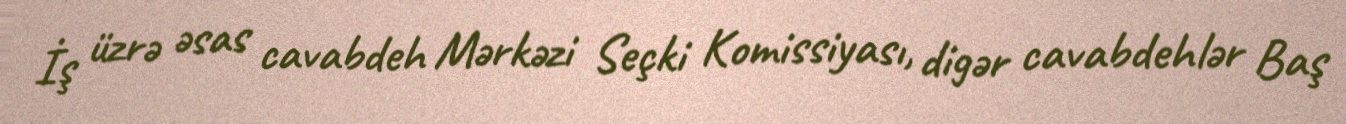
İş üzrə əsas cavabdeh Mərkəzi Seçki Komissiyası, digər cavabdehlər Baş